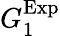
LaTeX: G_{1}^{\textup{Exp}}